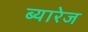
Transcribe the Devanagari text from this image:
ब्यारेज